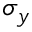
\sigma _ { y }